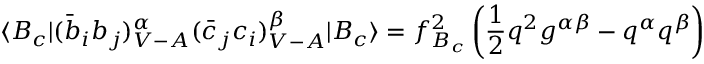
\langle B _ { c } | ( \bar { b } _ { i } b _ { j } ) _ { V - A } ^ { \alpha } ( \bar { c } _ { j } c _ { i } ) _ { V - A } ^ { \beta } | B _ { c } \rangle = f _ { B _ { c } } ^ { 2 } \left( \frac { 1 } { 2 } q ^ { 2 } g ^ { \alpha \beta } - q ^ { \alpha } q ^ { \beta } \right)